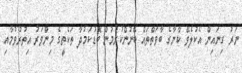
ނަރު ގިނައިން އެކުލެވޭ ކާނާގެ ބާވަތްތައް ބޭނުންކުރުމުން ބޮޑުކަމުދާ ތަކެތީގެ މިންވަރު އިތުރުވުމާއި